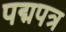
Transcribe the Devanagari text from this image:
पद्मपत्र